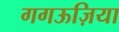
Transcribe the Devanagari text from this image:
गगऊज़िया